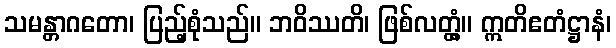
သမန္တာဂတော၊ ပြည့်စုံသည်။ ဘဝိဿတိ၊ ဖြစ်လတ္တံ့။ ဣတိဧတံဋ္ဌာနံ၊